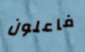
فاعلون